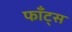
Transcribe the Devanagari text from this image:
फाँट्‌स